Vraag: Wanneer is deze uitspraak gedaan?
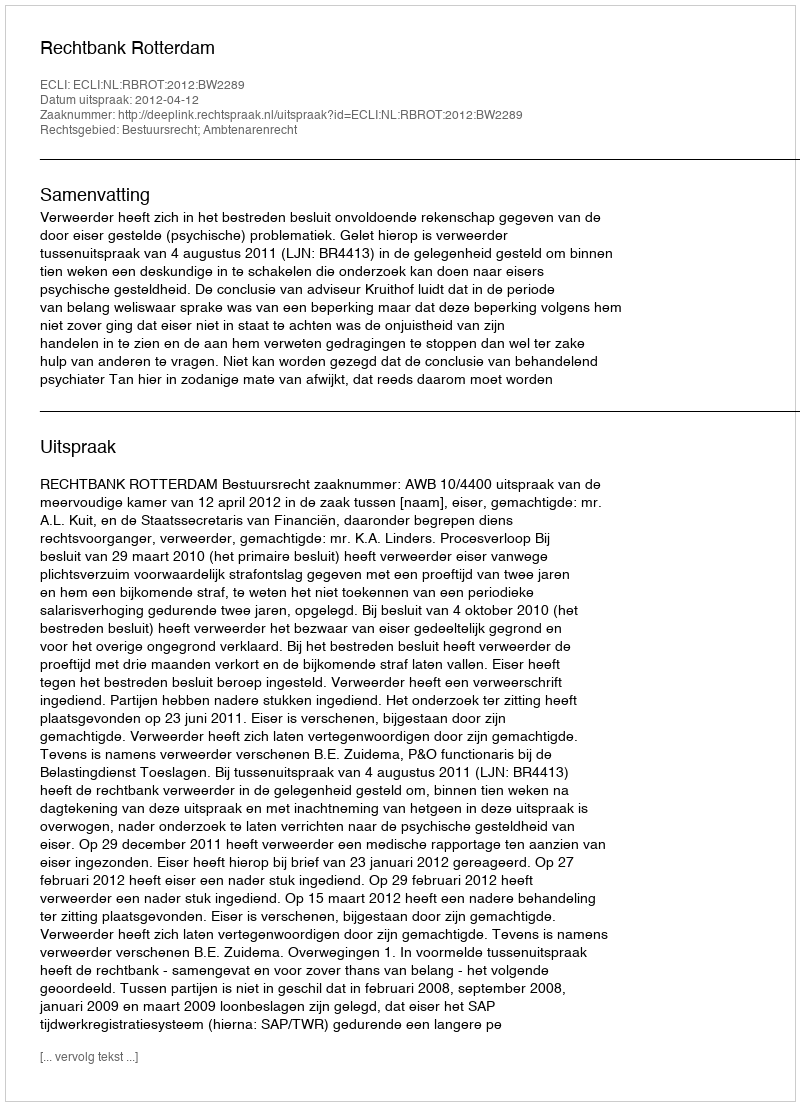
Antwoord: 2012-04-12